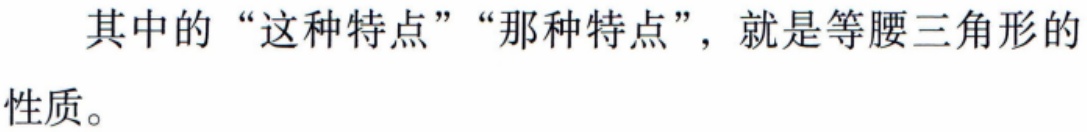
其中的“这种特点”“那种特点”，就是等腰三角形的性质。